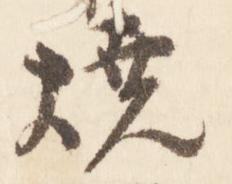
焼